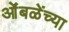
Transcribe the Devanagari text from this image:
ओंबळेंच्या